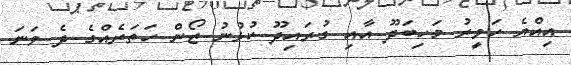
އިއްޔެ ހަވީރު މަހިބަދޫ އާއި ގުރައިދޫ ކުޅުނު ޒޯން ހަތަރެއްގެ ދެ ވަނަ